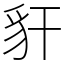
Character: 豻